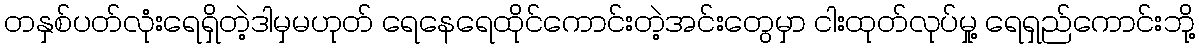
တနှစ်ပတ်လုံးရေရှိတဲ့ဒါမှမဟုတ် ရေနေရေထိုင်ကောင်းတဲ့အင်းတွေမှာ ငါးထုတ်လုပ်မှု့ ရေရှည်ကောင်းဘို့